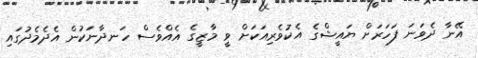
އޭނާ ދެވަނަ ފަހަރަށް ޔައީޝްގެ އެކުވެރިއަކަށް ވީ މާޒީގެ އެއްވެސް ހަނދާނަކުން އެދެމެދުގައި